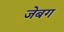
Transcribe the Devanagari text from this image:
जेबग